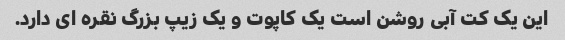
این یک کت آبی روشن است یک کاپوت و یک زیپ بزرگ نقره ای دارد.